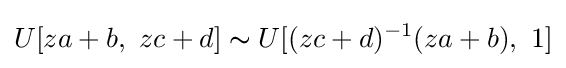
U[za+b,\ zc+d]\thicksim U[(zc+d)^{-1}(za+b),\ 1]